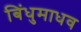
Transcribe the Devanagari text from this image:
बिंधुमाधव